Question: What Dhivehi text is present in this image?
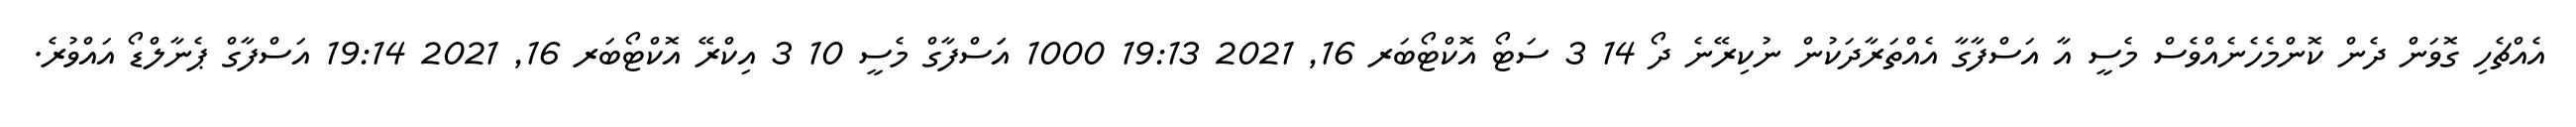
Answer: އެއްޗެހި ގޮވަން ދެން ކޮންމެހެނެއްވެސް މެސީ އާ އަސްފާގާ އެއްތަރާދަކުން ނުކިރޭނެ ދޯ 14 3 ސަޓޯ އޮކްޓޯބަރ 16, 2021 19:13 1000 އަަސްފާގް މެސީ 10 3 އިކްރޭ އޮކްޓޯބަރ 16, 2021 19:14 އަސްފާގް ޕެނާލްޑޯ އައްވުރެ.